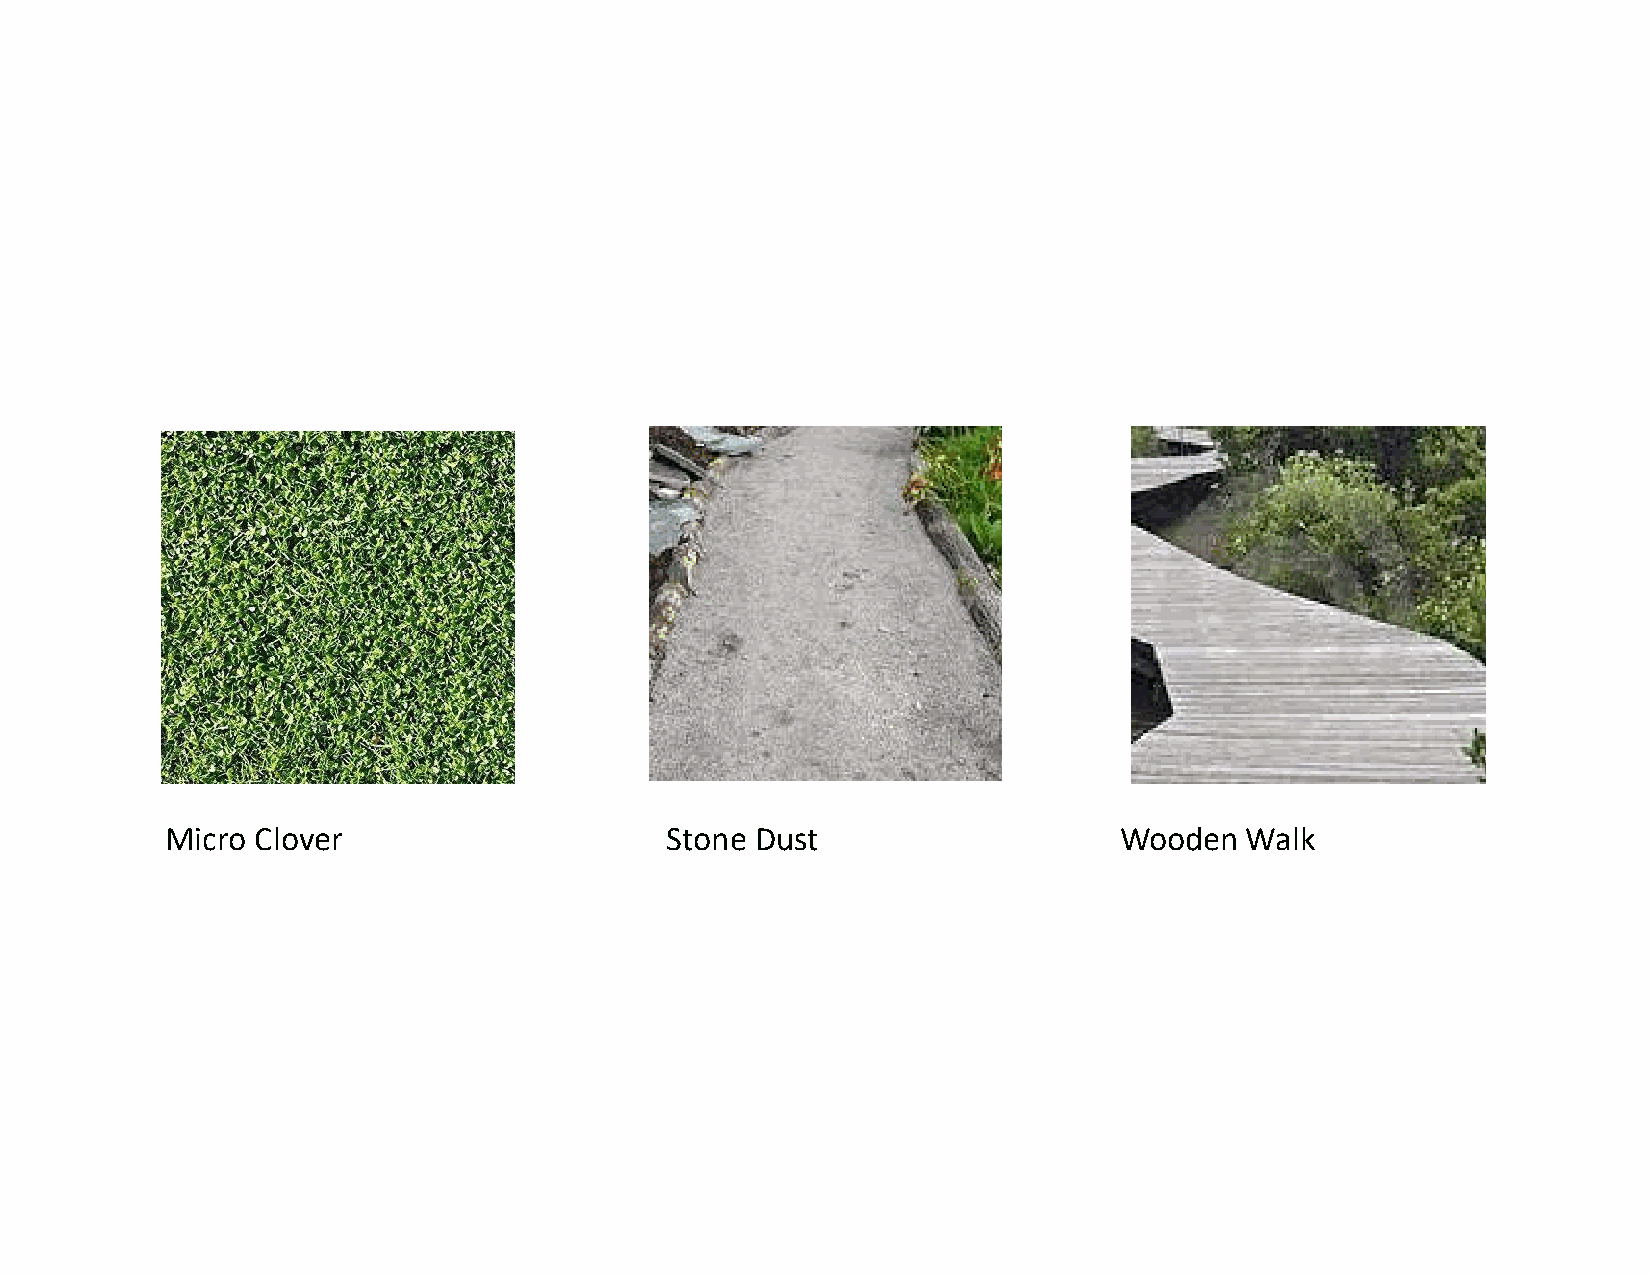
Micro Clover                     Stone Dust                    Wooden  Walk